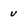
Character: U